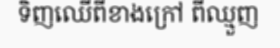
ទិញឈើពីខាងក្រៅ ពីឈ្មួញ